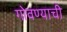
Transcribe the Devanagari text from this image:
गोवण्याची